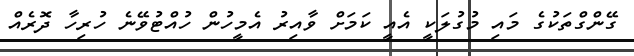
ގޭންގްތަކުގެ މައި މުގުލަކީ އެއީ ކަމަށް ވާއިރު އެމީހުން ހުއްޓުވޭނެ ހުރިހާ ދޮރެއް